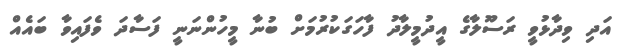
އަދި ވިދާޅުވީ ރަސޫލާގެ އީދުމީލާދު ފާހަގަކުރުމަށް ބުނާ މީހުންނަނީ ފަސާދަ ވެފައިވާ ބައެއް